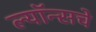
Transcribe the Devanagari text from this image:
ल्यॉन्सचे